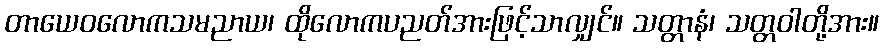
တာယေဝလောကသမညာယ၊ ထိုလောကပညတ်အားဖြင့်သာလျှင်။ သတ္တာနံ၊ သတ္တဝါတို့အား။